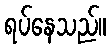
ရပ်နေသည်။